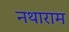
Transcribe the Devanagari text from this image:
नथाराम